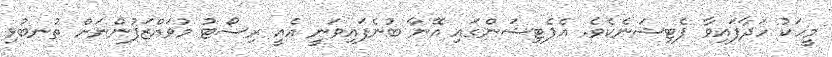
މީހަކު ހަދާފައިވާ ޕެޓިޝަނެކެވެ. އެޕެޓިޝަންގައި އޭނާ ބުނެފައިވަނީ އެއީ ރިސޯޓު މުވައްޒަފުންނަށް ތުނބުޅި